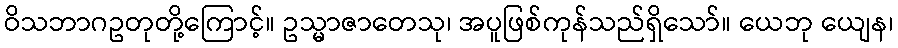
ဝိသဘာဂဥတုတို့ကြောင့်။ ဥသ္မာဇာတေသု၊ အပူဖြစ်ကုန်သည်ရှိသော်။ ယေဘု ယျေန၊